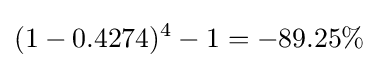
(1-0.4274)^{4}-1=-89.25\%